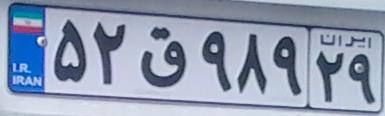
۵۲ق۹۸۹۲۹